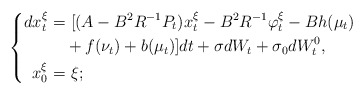
\begin{align*} \left\{ \begin{aligned} dx_t^{\xi}=&~[(A-B^2R^{-1}P_t)x_t^{\xi}-B^2R^{-1}\varphi_t^\xi-Bh(\mu_t)\\&+f(\nu_t)+b(\mu_t)]dt+\sigma dW_t+\sigma_0dW^0_t,\\ x_0^{\xi}=&~\xi; \end{aligned} \right. \end{align*}